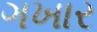
ગખાર